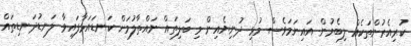
ކުރިއެރުންތަކެއް ލިބެމުން އައިނަމަވެސް މުޅި ދުނިޔެއިން މި ބަލިތައް ނައްތާލުމަށް ކަނޑައަޅާފައިވާ ލަނޑުދަނޑިތައް